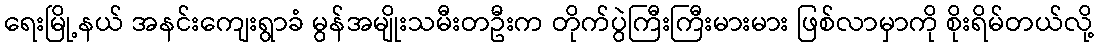
ရေးမြို့နယ် အနင်းကျေးရွာခံ မွန်အမျိုးသမီးတဦးက တိုက်ပွဲကြီးကြီးမားမား ဖြစ်လာမှာကို စိုးရိမ်တယ်လို့